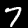
Label: 7